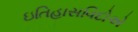
ઇતિહાસવિદોએ